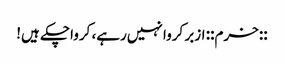
::خرم:: ازبر کروا نہیں‌رہے، کرواچکے ہیں!